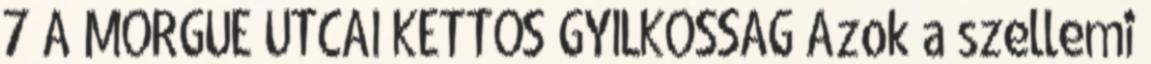
7 A MORGUE UTCAI KETTŐS GYILKOSSÁG Azok a szellemi